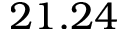
2 1 . 2 4